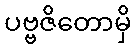
ပဗ္ဗဇိတောမှိ